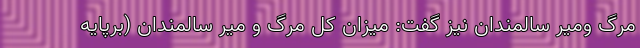
مرگ ‌ومیر سالمندان نیز گفت: میزان کل مرگ‌ و میر سالمندان (برپایه